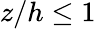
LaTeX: z/h\leq 1